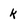
Character: k